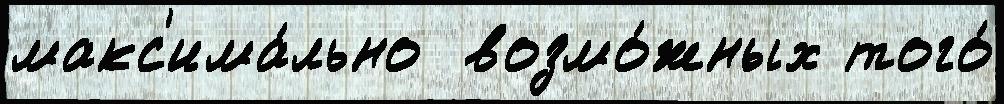
макс'има́льно  возмо́жных того́